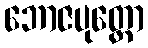
ဘောဇပုတ္တော